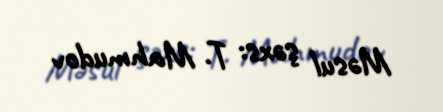
Məsul şəxs: T. Mahmudov